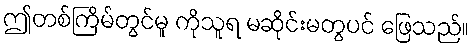
ဤတစ်ကြိမ်တွင်မူ ကိုသူရ မဆိုင်းမတွပင် ဖြေသည်။